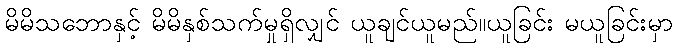
မိမိသဘောနှင့် မိမိနှစ်သက်မှုရှိလျှင် ယူချင်ယူမည်။ယူခြင်း မယူခြင်းမှာ